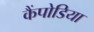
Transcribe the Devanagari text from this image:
कैंपोडिया